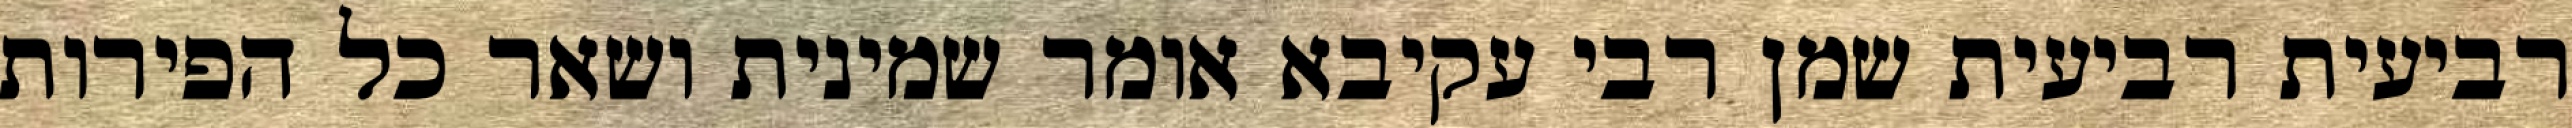
רביעית רביעית שמן רבי עקיבא אומר שמינית ושאר כל הפירות